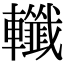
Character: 𨏪